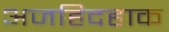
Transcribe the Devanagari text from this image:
अजहिदहाक